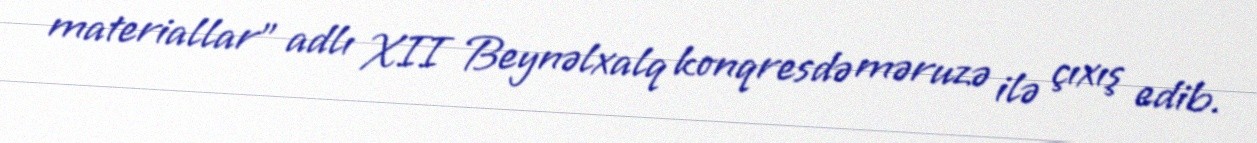
materiallar” adlı XII Beynəlxalq konqresdə məruzə ilə çıxış edib.